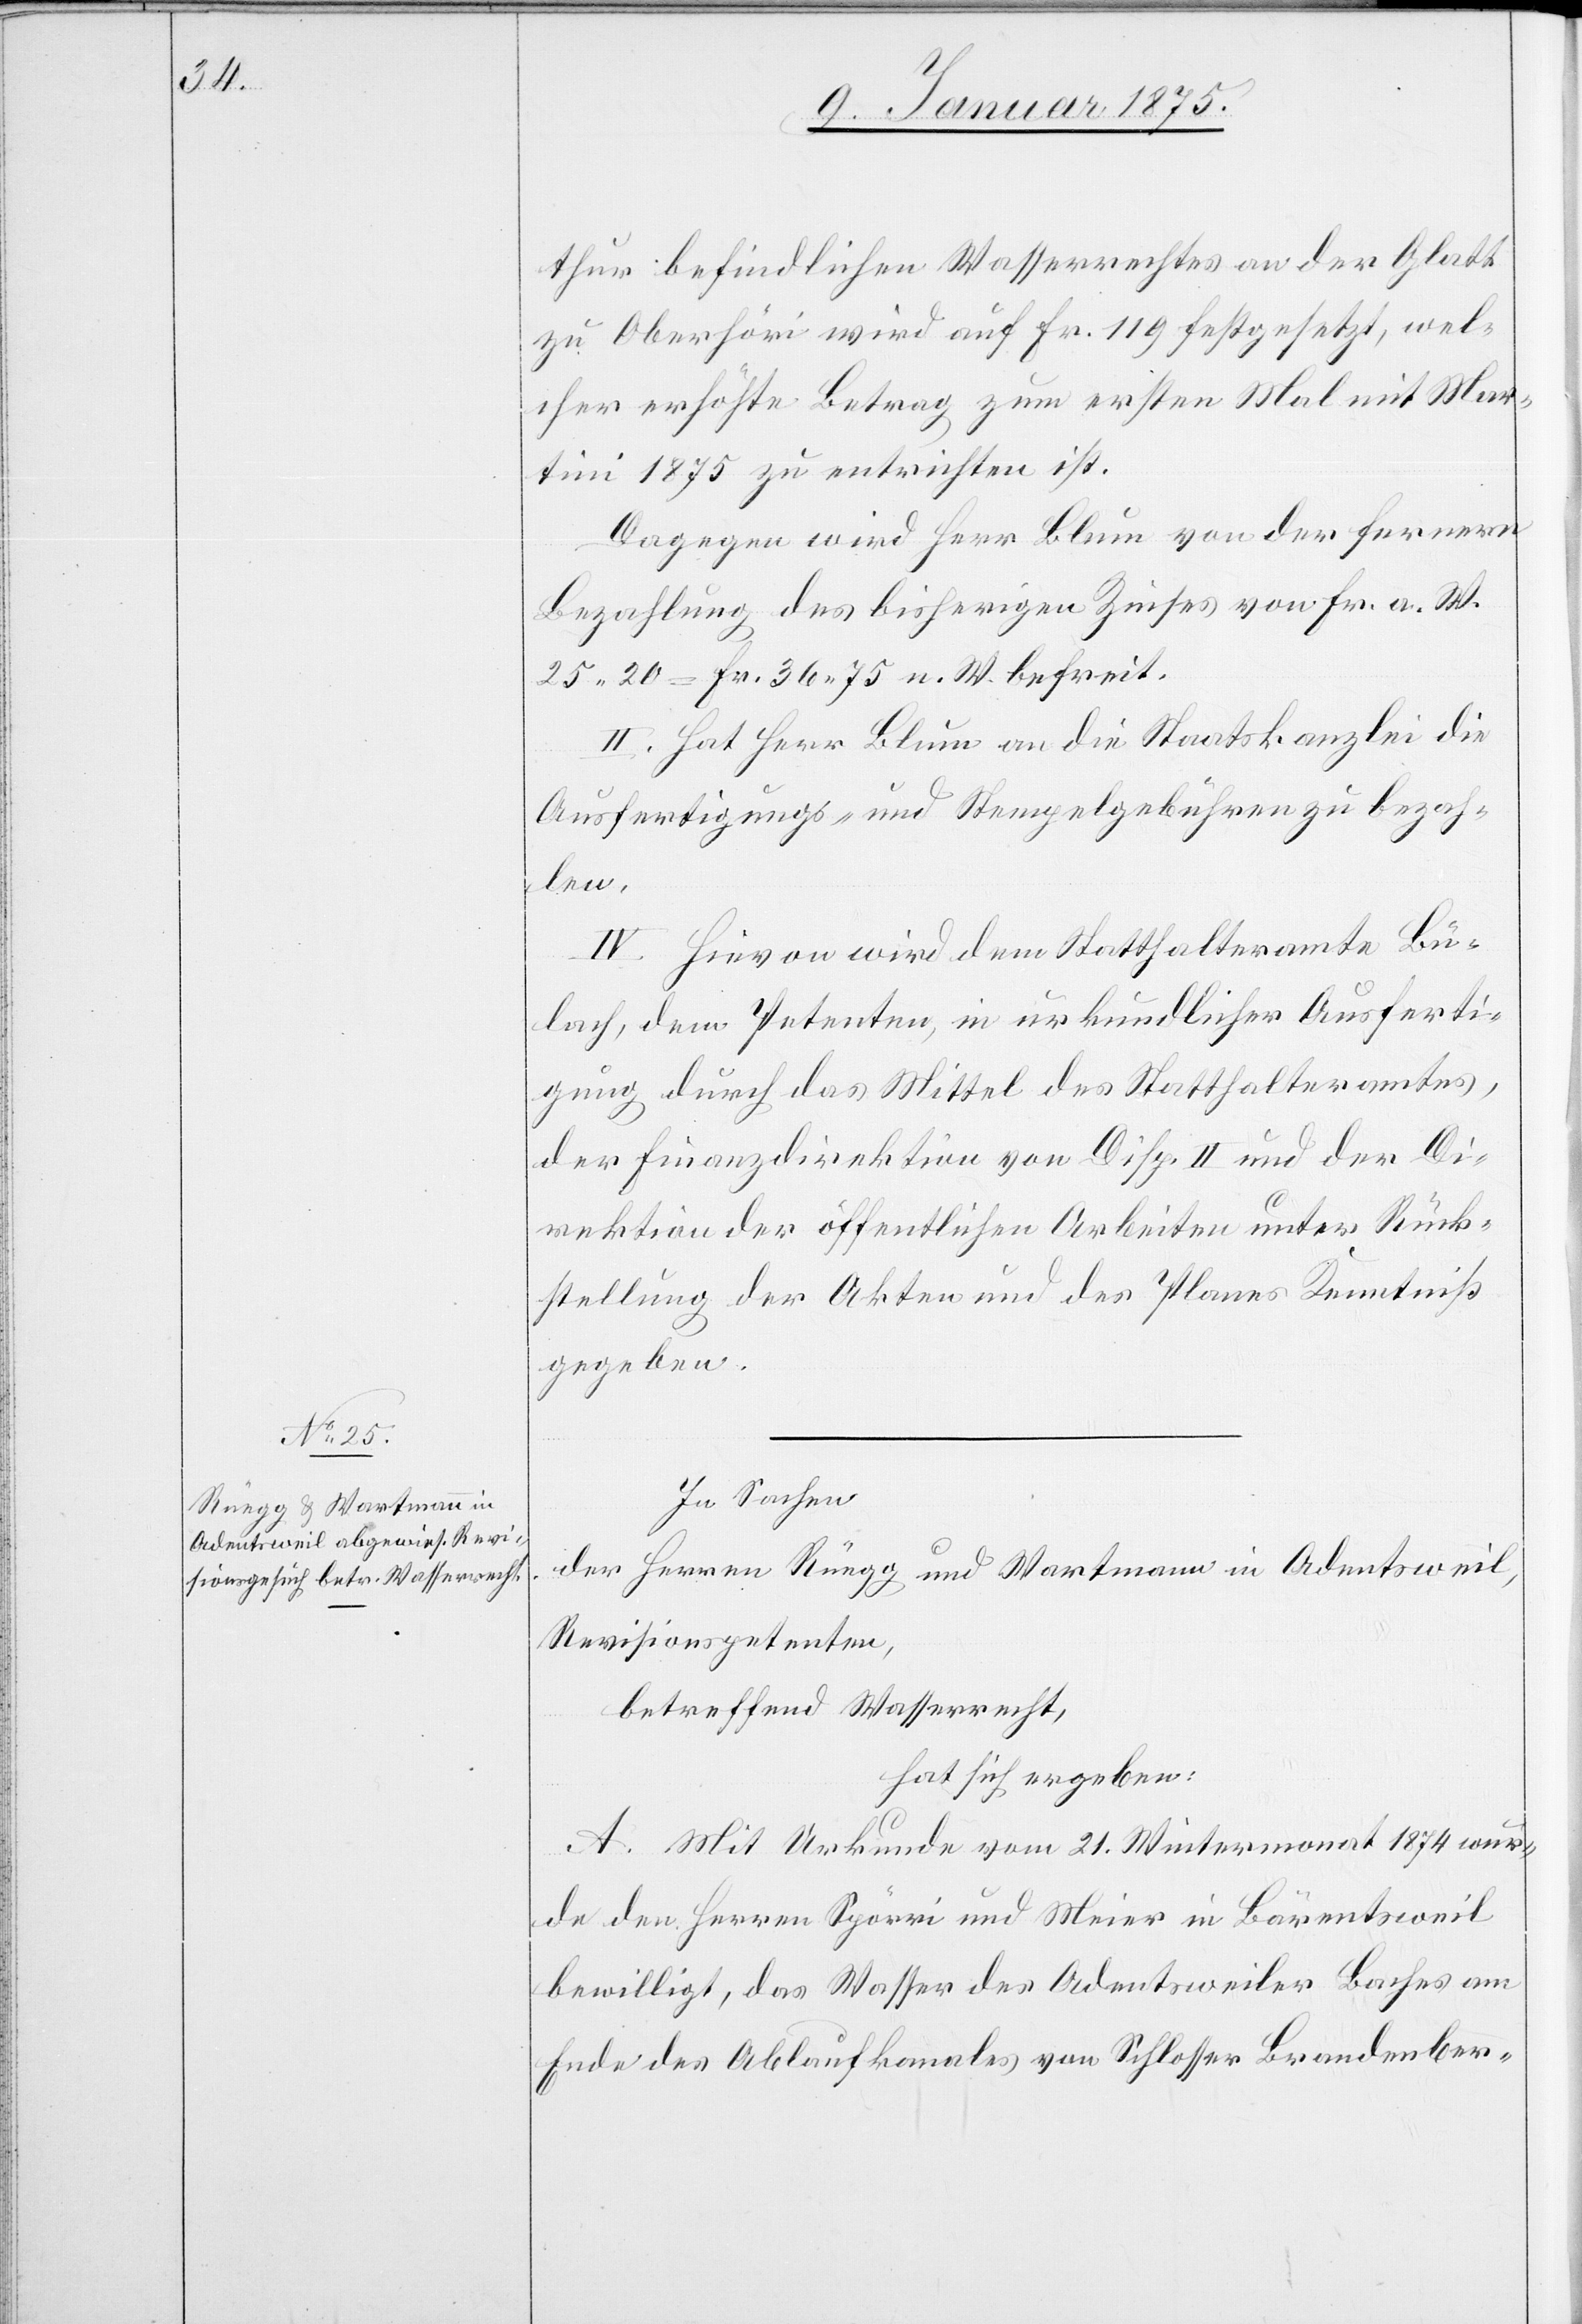
thur befindlichen Wasserrechtes an der Glatt
zu Oberhöri wird auf Fr. 119 festgesetzt, wel¬
cher erhöhte Betrag zum ersten Mal mit Mar¬
tini 1875 zu entrichten ist.
Dagegen wird Herr Blum von der fernern
Bezahlung des bisherigen Zinses von Fr. a. W.
25. 20 = Fr. 36. 75 n. W. befreit.
II. Hat Herr Blum an die Staatskanzlei die
Ausfertigungs- und Stempelgebühren zu bezah¬
len.
IV. Hievon wird dem Statthalteramte Bü¬
lach, dem Petenten, in urkundlicher Ausferti¬
gung durch das Mittel des Statthalteramtes,
der Finanzdirektion von Disp. II und der Di¬
rektion der öffentlichen Arbeiten unter Rück¬
stellung der Akten und des Planes Kenntniß
gegeben.
In Sachen
der Herren Rüegg und Wartmann in Adentsweil,
Revisionspetenten,
betreffend Wasserrecht,
hat sich ergeben:
A. Mit Urkunde vom 21. Wintermonat 1874 wur¬
de den Herren Spörri und Meier in Bärentsweil
bewilligt, das Wasser des Adentsweiler Baches am
Ende des Ablaufkanales von Schlosser Brandenber-